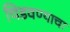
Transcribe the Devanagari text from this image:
चिडवण्याचा